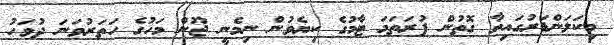
މިކަލަންޑަރުގައިވާ ގޮތުން ފުރަތަމަ ޓާމުގެ ކިޔެވުން ނިމެނީ ޖޫން މަހުގެ ހަތަރުވަނަ ދުވަހު